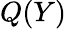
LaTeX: Q(Y)